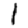
Digit: 1